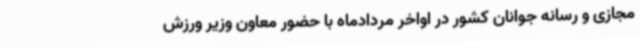
مجازی و رسانه جوانان کشور در اواخر مردادماه با حضور معاون وزیر ورزش